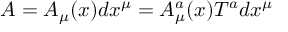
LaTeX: A = A _ { \mu } ( x ) d x ^ { \mu } = A _ { \mu } ^ { a } ( x ) T ^ { a } d x ^ { \mu }